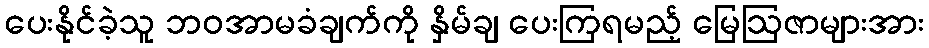
ပေးနိုင်ခဲ့သူ ဘဝအာမခံချက်ကို နှိမ်ချ ပေးကြရမည့် မြေဩဇာများအား